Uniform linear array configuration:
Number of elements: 4
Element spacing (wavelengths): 0.5
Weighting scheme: blackman
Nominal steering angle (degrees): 15
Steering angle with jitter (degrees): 13.863
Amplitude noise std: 0.05
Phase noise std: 0.05

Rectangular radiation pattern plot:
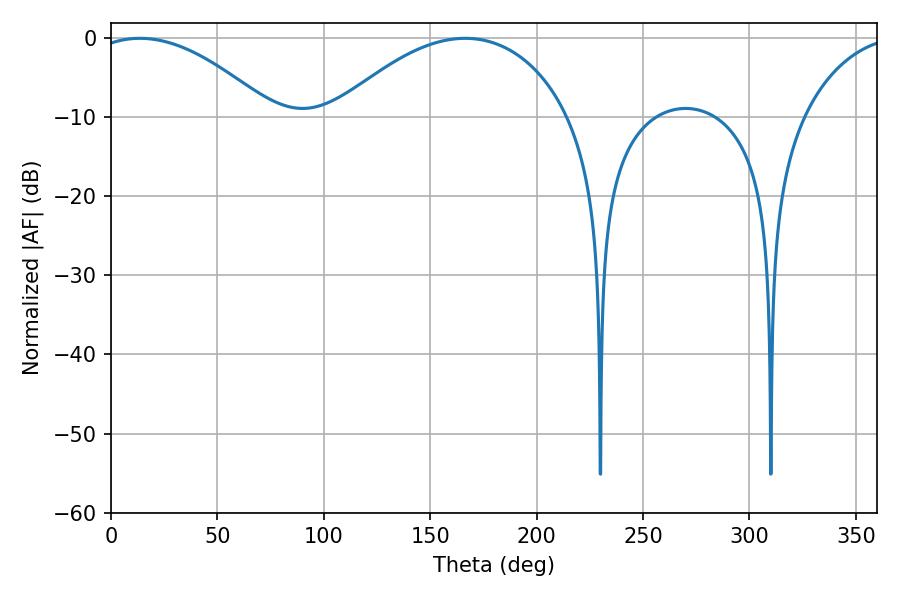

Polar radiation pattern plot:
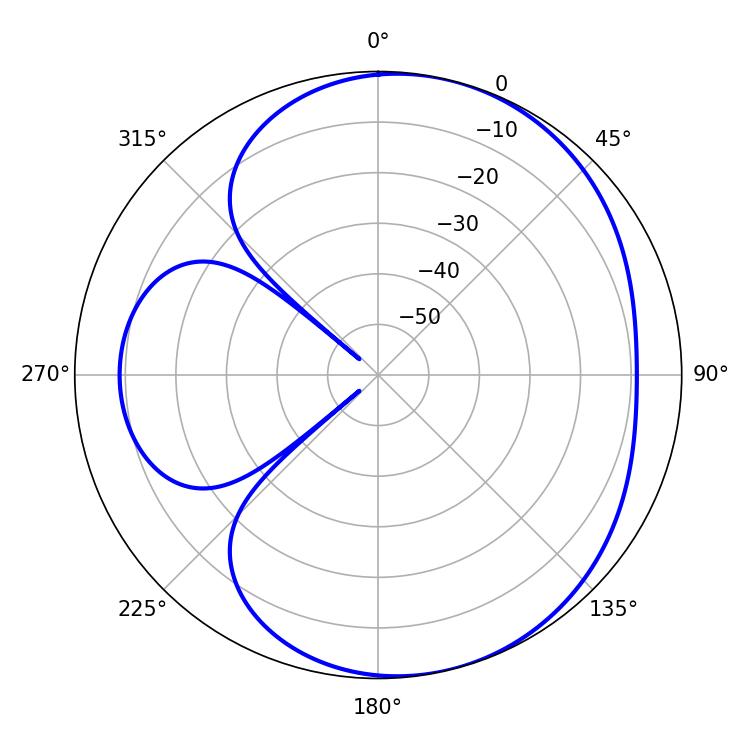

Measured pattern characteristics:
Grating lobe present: FALSE
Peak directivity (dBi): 5.223
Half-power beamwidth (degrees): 47.16
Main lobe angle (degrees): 13.5